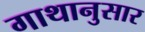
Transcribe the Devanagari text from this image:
गाथानुसार